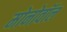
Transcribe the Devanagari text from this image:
मोनोवॉल